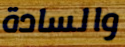
والسادة